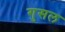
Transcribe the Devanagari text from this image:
गुसल